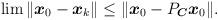
LaTeX: \begin{align*}\lim\|\boldsymbol{x}_0-\boldsymbol{x}_k\|\leq\|\boldsymbol{x}_0-P_{\boldsymbol{C}}\boldsymbol{x}_0\|.\end{align*}